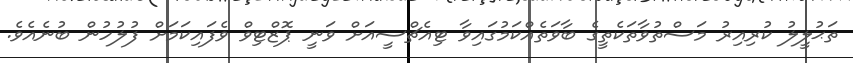
ތަޙުލީލު ކުރިއިރު މަސްތުވާތަކެތީގެ ބާވަތެއްކަމުގައިވާ ޓިއެޗްސީއަށް ވަނީ ޕޮޒްޓިވް ވެފައިކަމަށް ފުލުހުން ބުނެއެވެ.